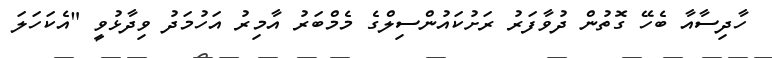
ހާދިސާއާ ބެހޭ ގޮތުން ދުވާފަރު ރަށުކައުންސިލްގެ މެމްބަރު އާމިރު އަހުމަދު ވިދާޅުވީ "އެކަހަލަ